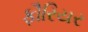
ફૌરિયર